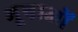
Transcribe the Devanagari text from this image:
भूषाओं